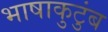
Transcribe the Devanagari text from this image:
भाषाकुटुंब